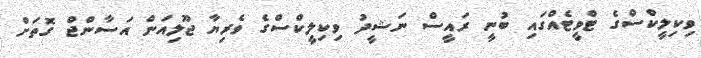
ވިކިލީކްސްގެ ޓްވީޓެއްގައި ބުނީ ރައީސް ނަޝީދު ވިކިލީކްސްގެ ވެރިޔާ ޖޫލިއަން އަސާންޖް ގޮތަށް